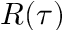
R ( \tau )